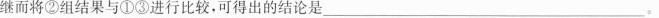
继而将②组结果与①③进行比较，可得出的结论是___；